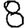
Digit: 8